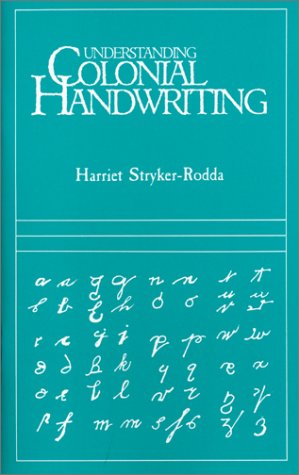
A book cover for Understanding Colonial Handwriting; Harriet Stryker-Rodda; Reference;